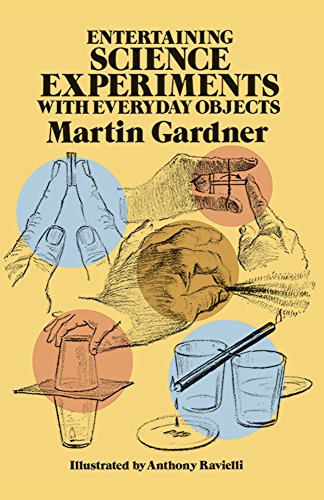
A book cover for Entertaining Science Experiments with Everyday Objects; Martin Gardner; Children's Books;